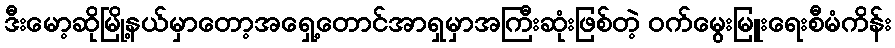
ဒီးမော့ဆိုမြို့နယ်မှာတော့အရှေ့တောင်အာရှမှာအကြီးဆုံးဖြစ်တဲ့ ဝက်မွေးမြူးရေးစီမံကိန်း